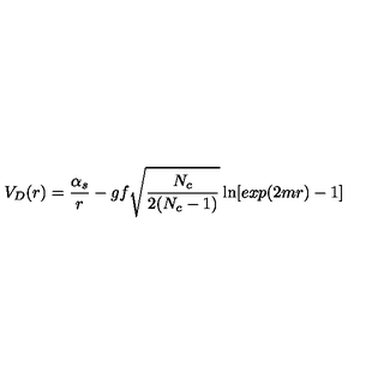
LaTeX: V _ { D } ( r ) = { \frac { \alpha _ { s } } { r } } - g f \sqrt { \frac { N _ { c } } { 2 ( N _ { c } - 1 ) } } \ln [ e x p ( 2 m r ) - 1 ] \qquad